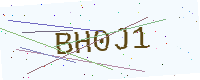
Text: BH0J1